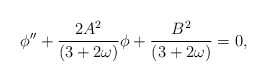
\begin{align*} \phi'' + \frac{2A^2}{(3 + 2\omega)}\phi +\frac{B^2}{(3 + 2 \omega)} = 0,\end{align*}